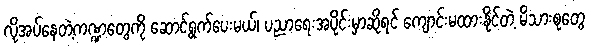
လိုအပ်နေတဲ့ကဏ္ဍတွေကို ဆောင်ရွက်ပေးမယ်၊ ပညာရေးအပိုင်းမှာဆိုရင် ကျောင်းမထားနိုင်တဲ့ မိသားစုတွေ